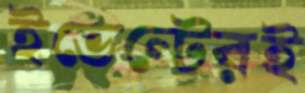
ইভেন্টেরই